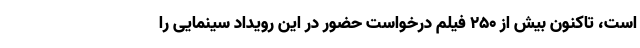
است، تاکنون بیش از ۲۵۰ فیلم درخواست حضور در این رویداد سینمایی را